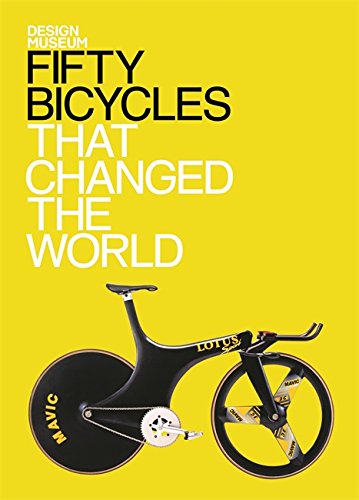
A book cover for Fifty Bicycles That Changed The World (Design Museum Fifty); Alex Newson; Arts & Photography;